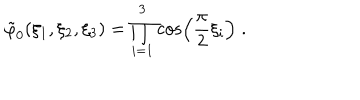
\tilde { \varphi } _ { 0 } ( \xi _ { 1 } , \xi _ { 2 } , \xi _ { 3 } ) = \prod _ { i = 1 } ^ { 3 } \cos \left( \frac { \pi } { 2 } \xi _ { i } \right) \; .